Vaccination in Bombay 1889-1901 - 1889-1901
Year: 1889
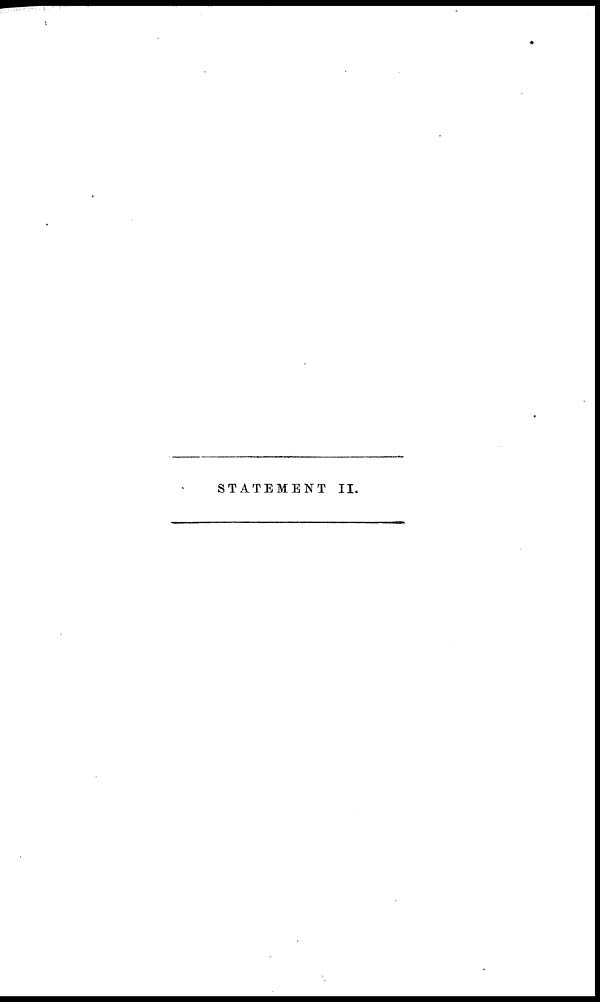
STATEMENT II.